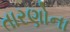
તારણોના